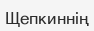
Щепкиннің